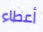
أعطاء